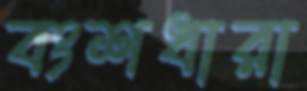
বংশধারা